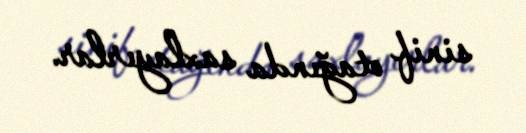
sinif otağında saxlayırlar.